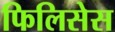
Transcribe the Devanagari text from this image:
फिलिसेस